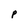
Character: P